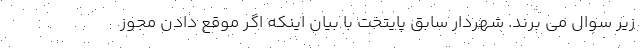
زیر سوال می برند. شهردار سابق پایتخت با بیان اینکه اگر موقع دادن مجوز